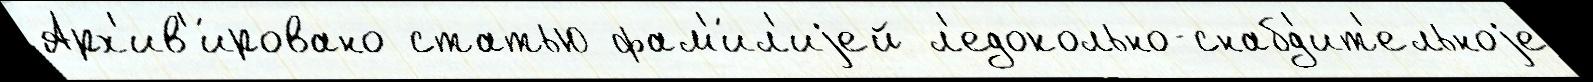
Арх'ив'и́ровано статью фам'и́л'иjей л'едокольно-снабд'ит'ельноjе